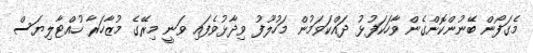
މެގަފޯން ބޭނުންކޮށްގެން ވާހަކަފުޅު ދައްކަވަމުން މަހުލޫފު ވިދާޅުވެފައި ވަނީ މިރޭގެ މުޒާހަރާ ހުއްޓާލިޔަސް